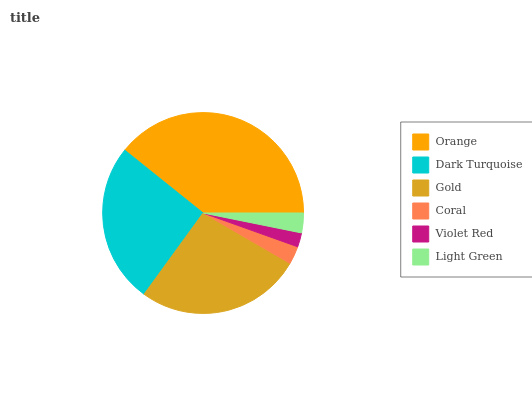
| Orange | Dark Turquoise | Gold | Coral | Violet Red | Light Green |
 | --- | --- | --- | --- | --- | --- |
 | 39.3% | 25.8% | 26.6% | 2.9% | 2.28% | 3.18% |